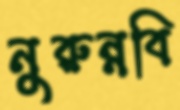
নুরুন্নবি